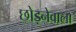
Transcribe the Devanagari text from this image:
छोड़नेवाला